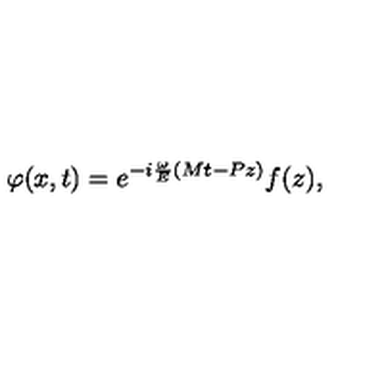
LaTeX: \varphi ( x , t ) = e ^ { - i \frac \omega E ( M t - P z ) } f ( z ) ,